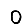
Digit: 0